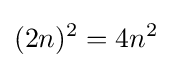
(2n)^{2}=4n^{2}